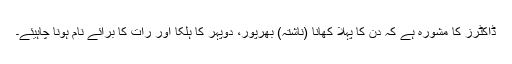
ڈاکٹرز کا مشورہ ہے کہ دن کا پہلا کھانا (ناشتہ) بھرپور، دوپہر کا ہلکا اور رات کا برائے نام ہونا چاہیئے۔